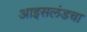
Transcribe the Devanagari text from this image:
आइसलंडचा